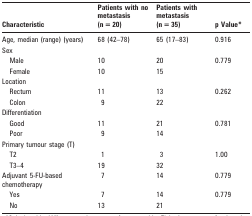
<table><thead><tr><td><b>Characteristic</b></td><td><b>Patients with no metastasis (n = 20)</b></td><td><b>Patients with metastasis (n = 35)</b></td><td><b>p Value*</b></td></tr></thead><tbody><tr><td>Age, median (range) (years)</td><td>68 (42–78)</td><td>65 (17–83)</td><td>0.916</td></tr><tr><td>Sex</td><td></td><td></td><td></td></tr><tr><td>Male</td><td>10</td><td>20</td><td>0.779</td></tr><tr><td>Female</td><td>10</td><td>15</td><td></td></tr><tr><td>Location</td><td></td><td></td><td></td></tr><tr><td>Rectum</td><td>11</td><td>13</td><td>0.262</td></tr><tr><td>Colon</td><td>9</td><td>22</td><td></td></tr><tr><td>Differentiation</td><td></td><td></td><td></td></tr><tr><td>Good</td><td>11</td><td>21</td><td>0.781</td></tr><tr><td>Poor</td><td>9</td><td>14</td><td></td></tr><tr><td>Primary tumour stage (T)</td><td></td><td></td><td></td></tr><tr><td>T2</td><td>1</td><td>3</td><td>1.00</td></tr><tr><td>T3–4</td><td>19</td><td>32</td><td></td></tr><tr><td>Adjuvant 5-FU-based chemotherapy</td><td>7</td><td>14</td><td>0.779</td></tr><tr><td>Yes</td><td>7</td><td>14</td><td>0.779</td></tr><tr><td>No</td><td>13</td><td>21</td><td></td></tr></tbody></table>